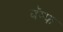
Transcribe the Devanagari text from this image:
बॅम्फ